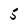
Character: 5